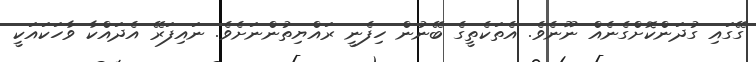
ގޭގައި ގުދަންކޮށްގެނެއް ނޫނެވެ. އެތަކެތީގެ ބޭނުން ހިފެނީ ރައްޔިތުންނަށެވެ. ނައިފަރޭ އެދައްކާ ވާހަކައަކީ